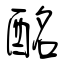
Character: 酩